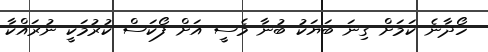
ހޯދާނެ ކަމަށް ގިނަ ބަޔަކު ބުނާ މެސީ އަށް ފޯކަސް ކުރުމަކީ ނުރައްކާ